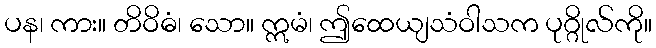
ပန၊ ကား။ တိဝိဓံ၊ သော။ ဣမံ၊ ဤထေယျသံဝါသက ပုဂ္ဂိုလ်ကို။